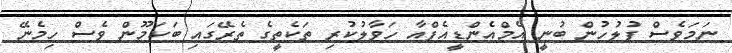
ނަމަވެސް ފުލުހުން ބުނީ އެމްއެންޑީއެފްއާ ހަވާލުކުރި ތަކެތީގެ ތެރޭގައި ބަކަމޫން ވެސް ހިމެނޭ